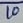
Text: 10